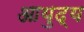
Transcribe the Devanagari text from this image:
आयुद्य